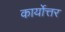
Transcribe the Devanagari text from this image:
कार्योत्तर